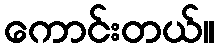
ကောင်းတယ်။